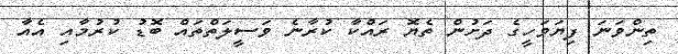
ތިންވަނަ ފިޔަވަހީގެ ދަށުން ތެޔޮ ރައްކާ ކުރާނެ ވަސީލަތްތައް ބޮޑު ކުރުމާއި އެއާ